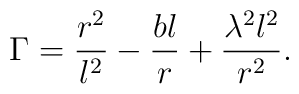
\Gamma =\frac{r^2}{l^2}-\frac{bl}r+\frac{\lambda ^2l^2}{r^2}.